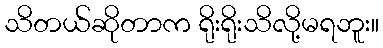
သိတယ်ဆိုတာက ရိုးရိုးသိလို့မရဘူး။